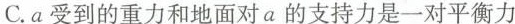
C.a受到的重力和地面对a的支持力是一对平衡力